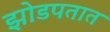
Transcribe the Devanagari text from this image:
झोडपतात